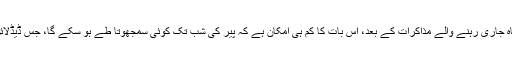
حکام کا کہنا ہے کہ کئی ماہ جاری رہنے والے مذاکرات کے بعد، اس بات کا کم ہی امکان ہے کہ پیر کی شب تک کوئی سمجھوتا طے ہو سکے گا، جس ڈیڈلائن پر پہلے اتفاق کیا گیا تھا۔